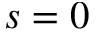
s = 0